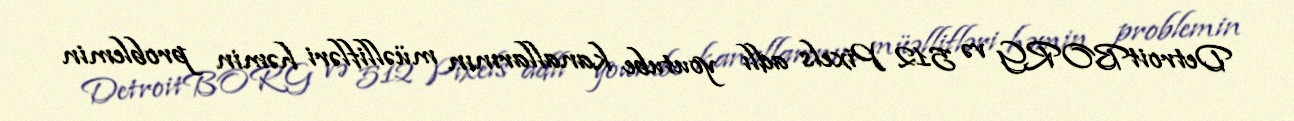
DetroitBORG və 512 Pixels adlı youtube kanallarının müəllifləri həmin problemin